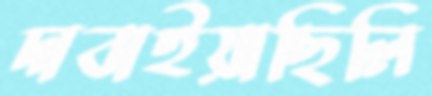
দাবাইয়াছিলি